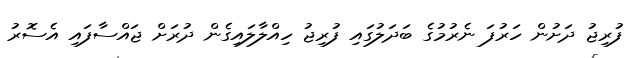
ފުރިޖު ދަށުން ހަރުފަ ނެރުމުގެ ބަދަލުގައި ފުރިޖު ހިއްލާލައިގެން ދުރަށް ޖައްސާފައި އެސޮރު